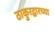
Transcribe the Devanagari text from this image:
ठाकुरद्वारच्या